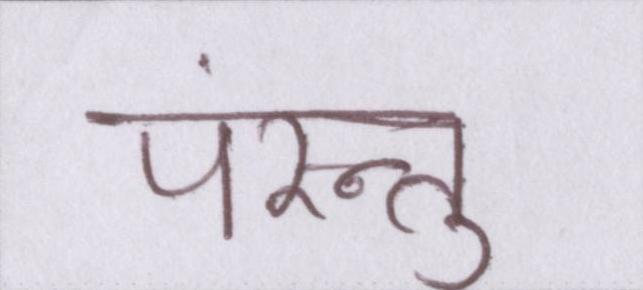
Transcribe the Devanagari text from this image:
परंन्तु